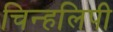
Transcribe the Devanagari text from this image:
चिन्हलिपी